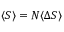
\langle S \rangle = N \langle \Delta S \rangle